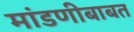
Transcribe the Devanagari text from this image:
मांडणीबाबत